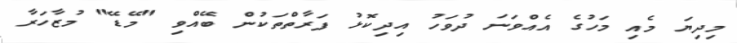
މިދިޔަ މެއި މަހުގެ އެއްވަނަ ދުވަހު އިދިކޮޅު ފަރާތްތަކުން ބޭއްވި "މޭޑޭ" މުޒާހަރާ